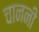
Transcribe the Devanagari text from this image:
चाननी